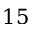
1 5